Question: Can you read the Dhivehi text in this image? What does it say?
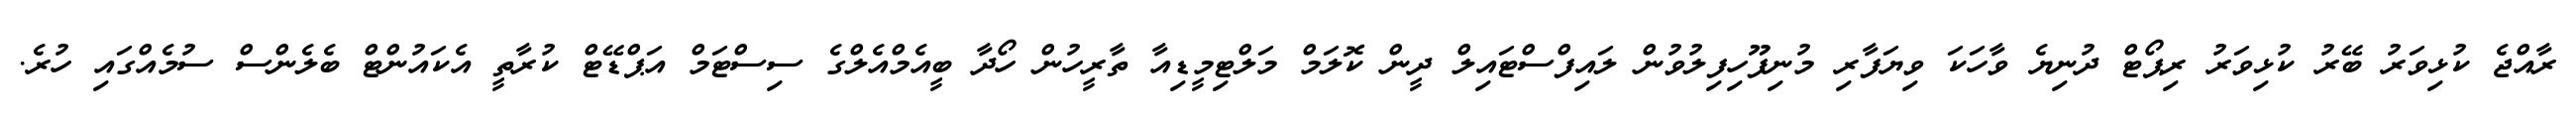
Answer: ރާއްޖެ ކުޅިވަރު ބޭރު ކުޅިވަރު ރިޕޯޓް ދުނިޔެ ވާހަކަ ވިޔަފާރި މުނިފޫހިފިލުވުން ލައިފްސްޓައިލް ދީން ކޮލަމް މަލްޓިމީޑިއާ ތާރީހުން ހޯދާ ބީއެމްއެލްގެ ސިސްޓަމް އަޕްޑޭޓް ކުރާތީ އެކައުންޓް ބެލެންސް ސުމެއްގައި ހުރެ.